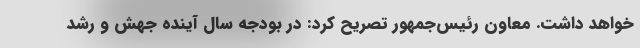
خواهد داشت. معاون رئیس‌جمهور تصریح کرد: در بودجه سال آینده جهش و رشد